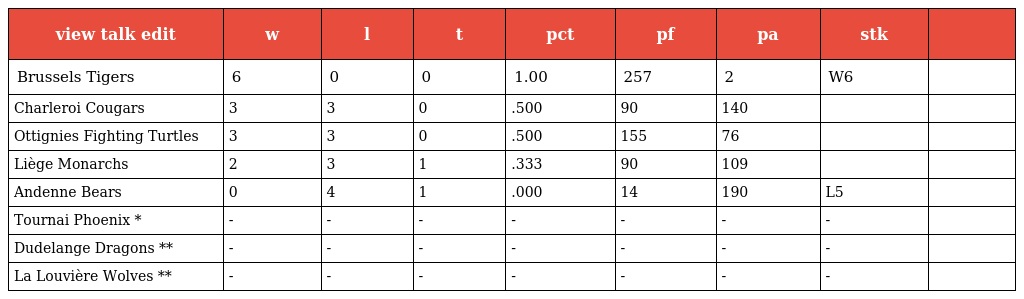
| view talk edit | w | l | t | pct | pf | pa | stk |  |
 | --- | --- | --- | --- | --- | --- | --- | --- | --- |
 | Brussels Tigers | 6 | 0 | 0 | 1.00 | 257 | 2 | W6 |  |
 | Charleroi Cougars | 3 | 3 | 0 | .500 | 90 | 140 |  |  |
 | Ottignies Fighting Turtles | 3 | 3 | 0 | .500 | 155 | 76 |  |  |
 | Liège Monarchs | 2 | 3 | 1 | .333 | 90 | 109 |  |  |
 | Andenne Bears | 0 | 4 | 1 | .000 | 14 | 190 | L5 |  |
 | Tournai Phoenix * | - | - | - | - | - | - | - |  |
 | Dudelange Dragons ** | - | - | - | - | - | - | - |  |
 | La Louvière Wolves ** | - | - | - | - | - | - | - |  |